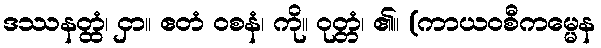
ဒဿနတ္ထံ၊ ငှာ။ ဧတံ ဝစနံ၊ ကို။ ဝုတ္တံ၊ ၏။ (ကာယဝစီကမ္မေန